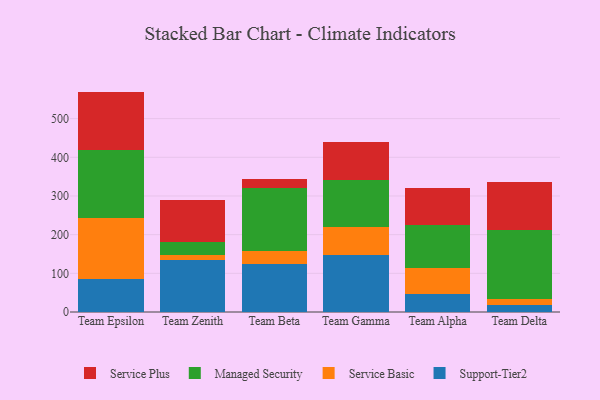
{"axis": {"x": "Team", "y": "Waste Production (Tons)"}, "legend": ["Managed Security", "Service Basic", "Service Plus", "Support-Tier2"], "data": [{"x": "Team Epsilon", "y": 85.5, "type": "Support-Tier2"}, {"x": "Team Epsilon", "y": 156.9, "type": "Service Basic"}, {"x": "Team Epsilon", "y": 177.0, "type": "Managed Security"}, {"x": "Team Epsilon", "y": 150.5, "type": "Service Plus"}, {"x": "Team Zenith", "y": 135.0, "type": "Support-Tier2"}, {"x": "Team Zenith", "y": 12.0, "type": "Service Basic"}, {"x": "Team Zenith", "y": 34.7, "type": "Managed Security"}, {"x": "Team Zenith", "y": 108.6, "type": "Service Plus"}, {"x": "Team Beta", "y": 124.3, "type": "Support-Tier2"}, {"x": "Team Beta", "y": 33.4, "type": "Service Basic"}, {"x": "Team Beta", "y": 162.7, "type": "Managed Security"}, {"x": "Team Beta", "y": 23.5, "type": "Service Plus"}, {"x": "Team Gamma", "y": 146.5, "type": "Support-Tier2"}, {"x": "Team Gamma", "y": 72.8, "type": "Service Basic"}, {"x": "Team Gamma", "y": 121.7, "type": "Managed Security"}, {"x": "Team Gamma", "y": 98.5, "type": "Service Plus"}, {"x": "Team Alpha", "y": 46.7, "type": "Support-Tier2"}, {"x": "Team Alpha", "y": 66.3, "type": "Service Basic"}, {"x": "Team Alpha", "y": 110.9, "type": "Managed Security"}, {"x": "Team Alpha", "y": 97.0, "type": "Service Plus"}, {"x": "Team Delta", "y": 18.3, "type": "Support-Tier2"}, {"x": "Team Delta", "y": 15.9, "type": "Service Basic"}, {"x": "Team Delta", "y": 178.6, "type": "Managed Security"}, {"x": "Team Delta", "y": 122.8, "type": "Service Plus"}]}